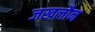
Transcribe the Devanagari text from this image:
जखलौन